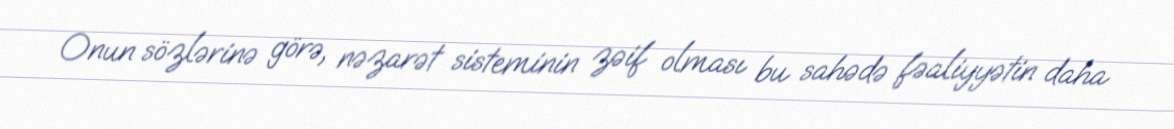
Onun sözlərinə görə, nəzarət sisteminin zəif olması bu sahədə fəaliyyətin daha